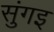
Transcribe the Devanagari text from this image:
सुंगइ